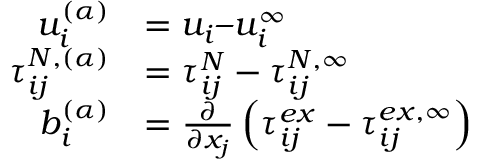
\begin{array} { r l } { u _ { i } ^ { ( \alpha ) } } & { = u _ { i } – u _ { i } ^ { \infty } } \\ { \tau _ { i j } ^ { N , ( \alpha ) } } & { = \tau _ { i j } ^ { N } - \tau _ { i j } ^ { N , \infty } } \\ { b _ { i } ^ { ( \alpha ) } } & { = \frac { \partial } { \partial x _ { j } } \left( \tau _ { i j } ^ { e x } - \tau _ { i j } ^ { e x , \infty } \right) } \end{array}